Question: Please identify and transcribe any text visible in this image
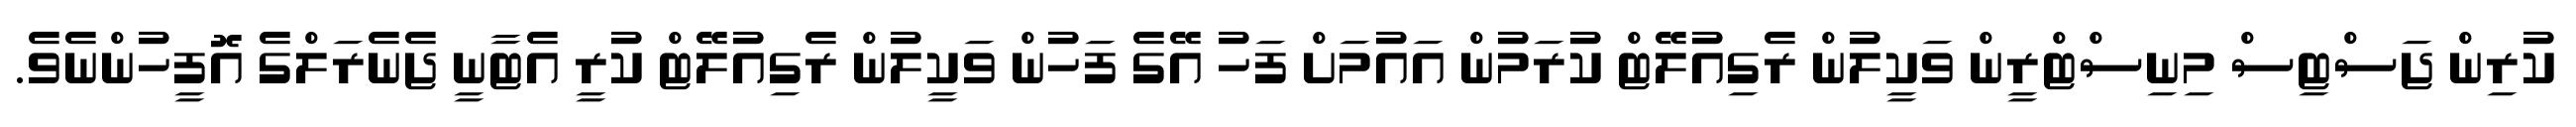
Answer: ކުރިން ޖަސްޓިސް މިނިސްޓްރީން ވަކީލުން ރެގިއުލޭޓް ކުރަމުން އައުމަށް ފަހު އޭގެ ފަހުން ވަކީލުން ރެގިއުލޭޓް ކުރީ އެޓާނީ ޖެނެރަލްގެ އޮފީހުންނެވެ.